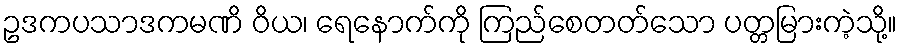
ဥဒကပသာဒကမဏိ ဝိယ၊ ရေနောက်ကို ကြည်စေတတ်သော ပတ္တမြားကဲ့သို့။